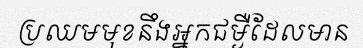
ប្រឈមមុខនឹងអ្នកជម្ងឺដែលមាន